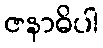
ဇနာဓိပါ